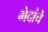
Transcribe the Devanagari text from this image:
भेदांचे